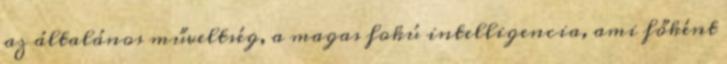
az általános műveltség, a magas fokú intelligencia, ami főként